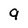
Character: 9